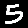
Digit: 5